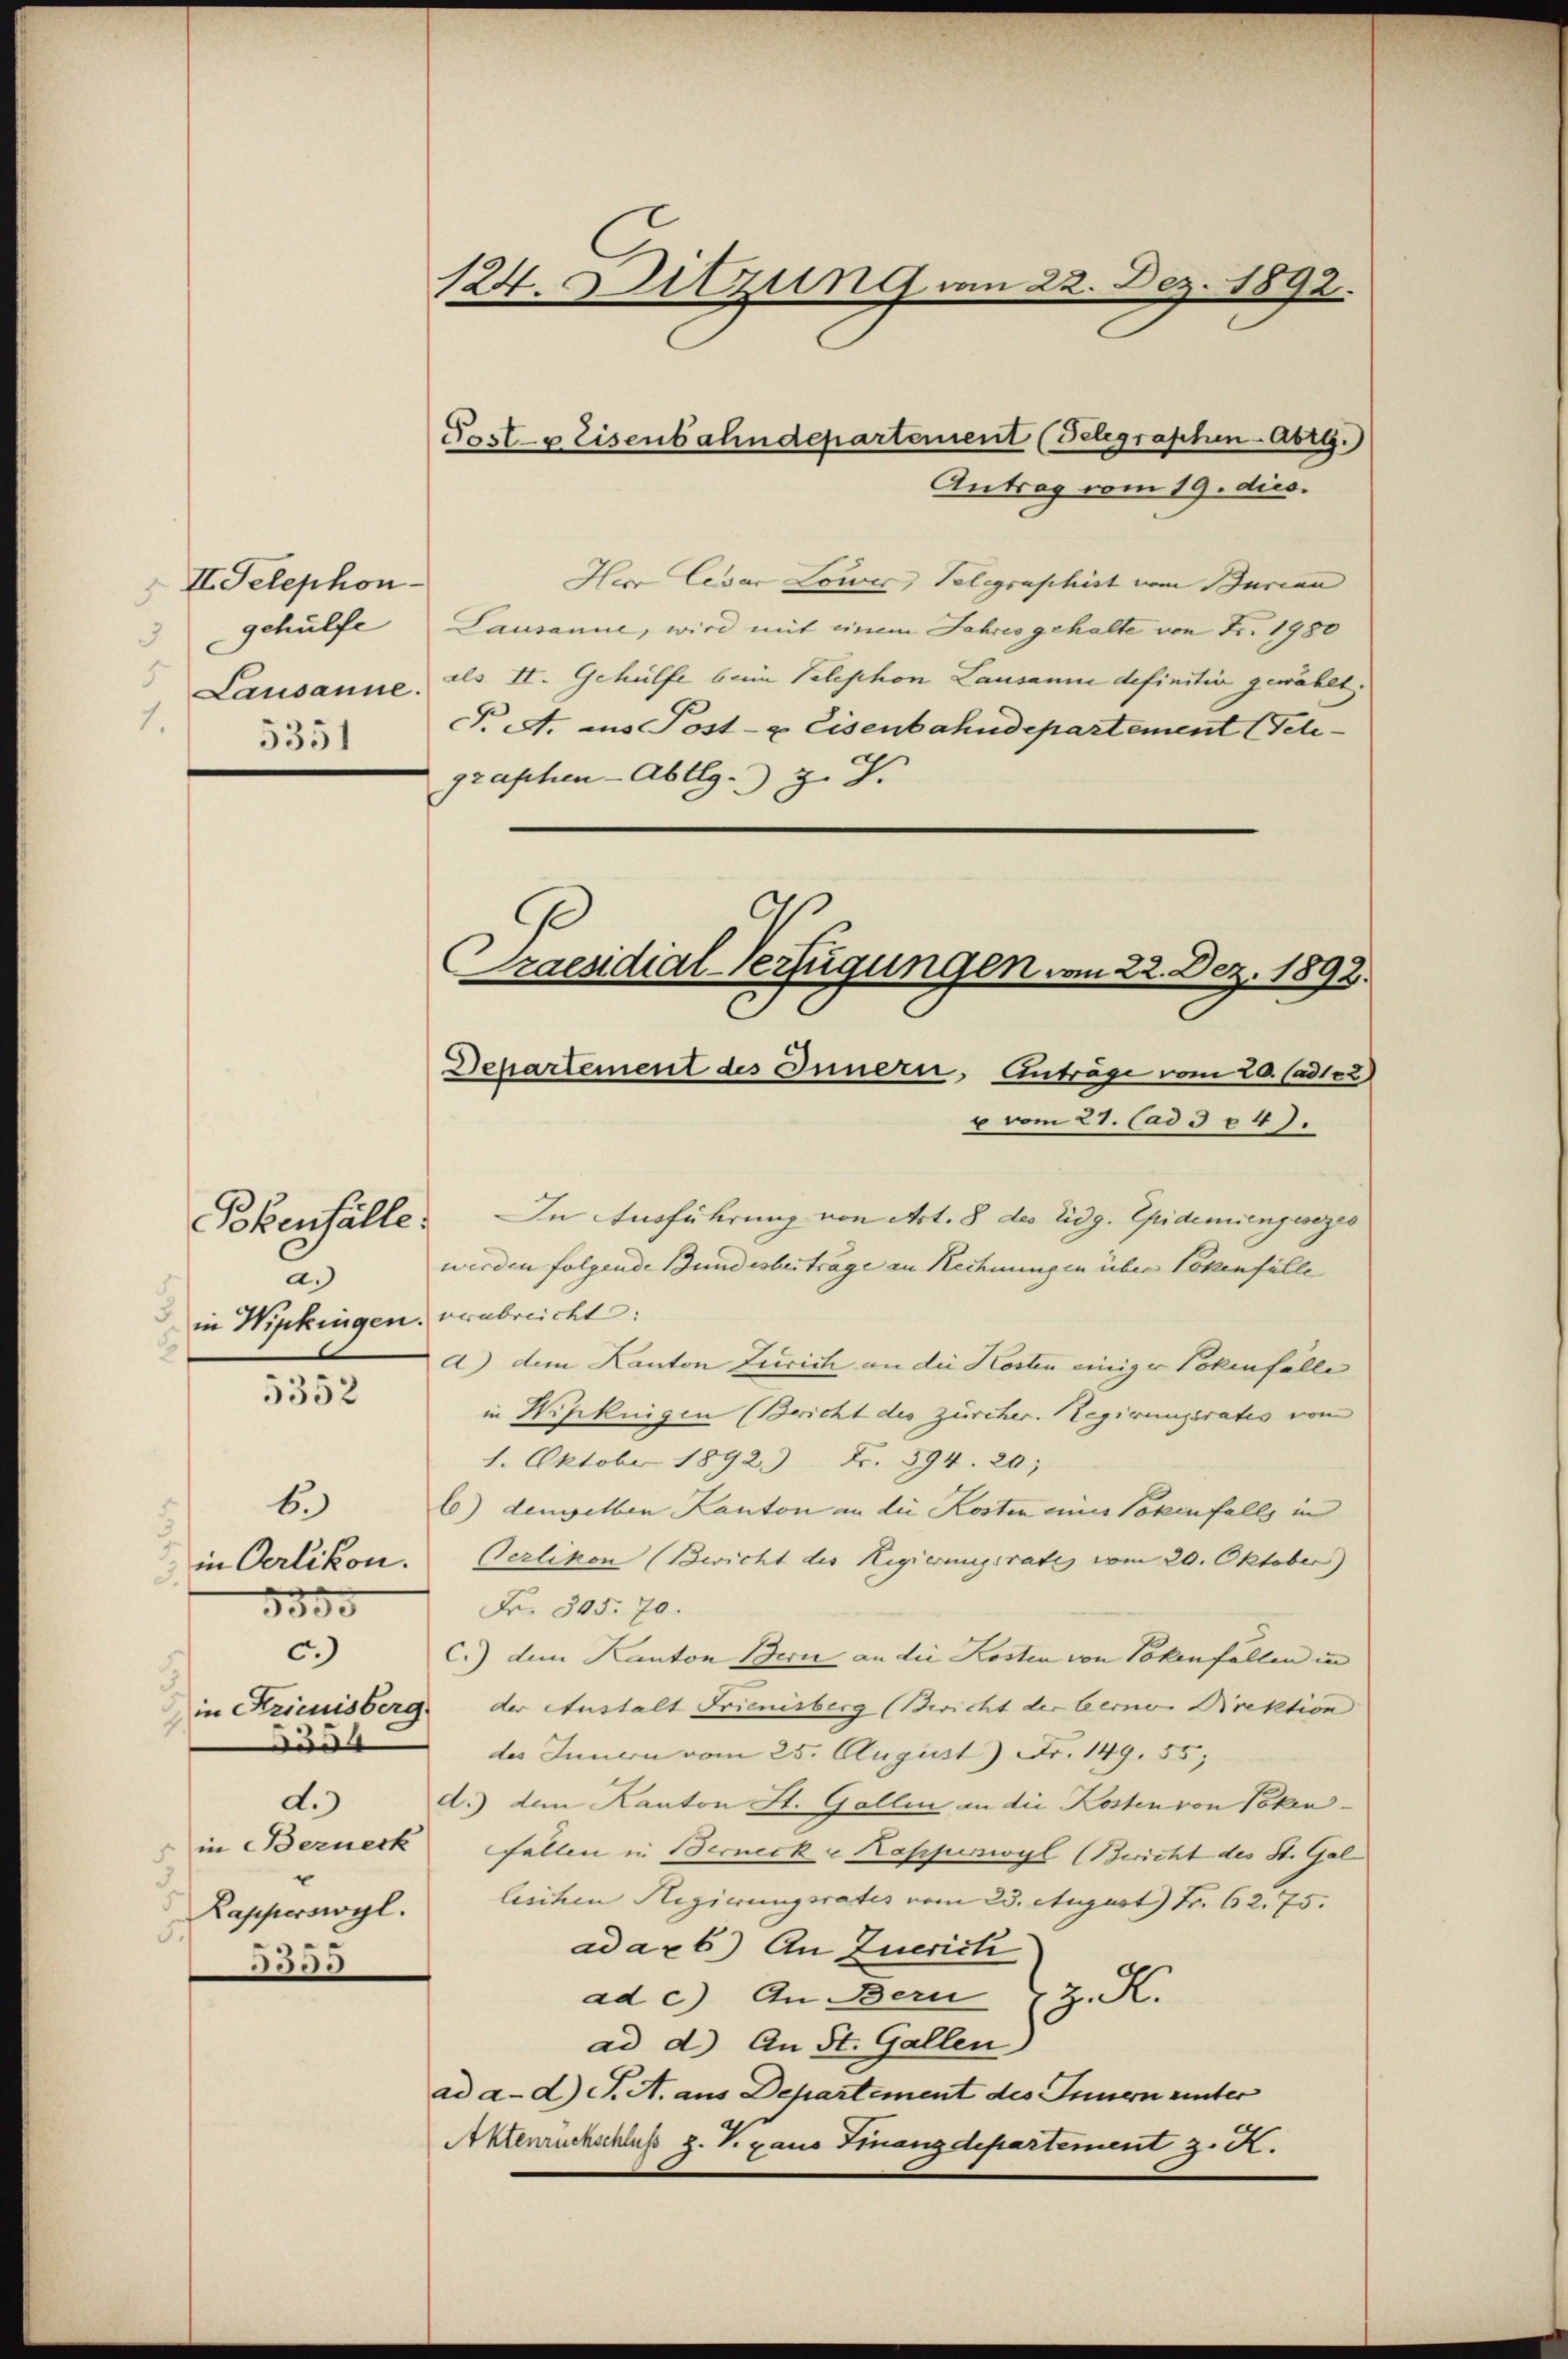
II. Telephon
gehülfe
5
Lausanne.
1.
5351

u
in Wipkingen verabreicht:
5352

Bkenfälle.

6.
in Oerlikon.
5350
c.)
554
d.)
in Bernerk
Lapperswyl.
5.
3509

Herr Cesar Lower, Telegraphist vom Burian
Lausanne, wird mit einem Jahres gehalte von Fr. 1980
als II. Gehülfe beim Telephon Lausanne definitiv gewählt.
G. A. ins Post- & Eisenbahndepartement (Tele-
graphen-Abllg. J. J.
Praesidial-Verfügungen vom 22. Dez. 1892.

124. Sitzung am 22. Dez. 1892.

Post- & Eisenbahndepartement (Belegraphen-Abrg.)
Antrag vom 19. dies.

Departement des Innern, Anträge vom 20. Cade2)
u vom 21. Cad 38 47.

In Ausführung von Art. 8 des Eidg. Epidemiengesezes
werden folgende Bundesbeiträge an Rechnungen über Lokenfülle
d) dem Kanton Zürich an die Kosten einiger Pokenfälle
in Wipkingen (Bericht des zürcher. Regierungsrates von
1. Oktober 1892. Fr. 594. 20;
b) demselben Kanton an die Kosten eines Totenfalls in
Perlikon (Bericht des Regierungsrate vom 20. Oktober)
Fr. 305. 70.
C.) dem Kanton Bern an die Kosten von Tokenfällen in
in Krienisberg der Anstalt Frienisberg (Bericht der Berne Direktion
des Innern vom 25. August) Fr. 149. 55,
d.) dem Kanton St. Gallen an die Kosten von Token¬
Fällen in Berneck u Kappurswyl (Bericht des St. Gal
lischen Regierungsrates vom 23. August) Fr. 62. 75. |
adax 6) An Zuerich
ad c.) An Bern z. K.
ad d) An St. Gallen
ad a. d. J. A. aus Departement des Innern unter
Aktenruckschluß z. V. gaus Finanzdepartement z. K.